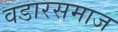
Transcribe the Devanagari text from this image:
वडारसमाज